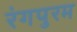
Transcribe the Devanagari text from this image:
रंगपुरम